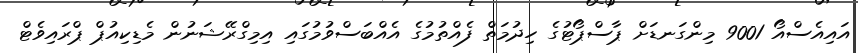
އައިއެސްއޯ 9001 މިންގަނޑަށް ޕާސްޕޯޓުގެ ހިދުމަތް ފެއްތުމުގެ އެއްބަސްވުމުގައި އިމިގްރޭޝަނުން މެޑިކިއުޕް ޕްރައިވެޓް